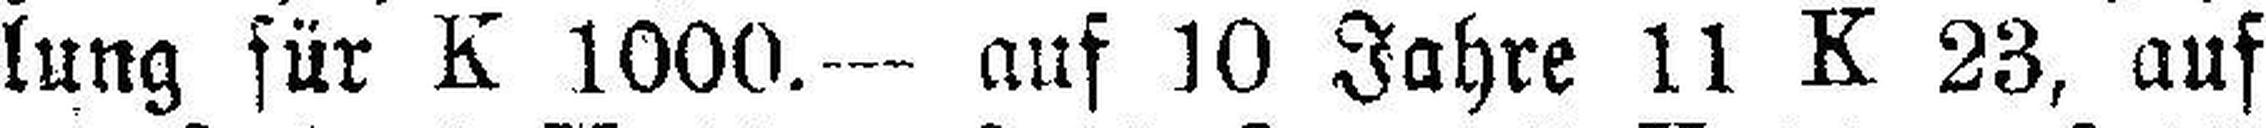
lung für K 1000.— auf 10 Jahre 11 K 23, auf